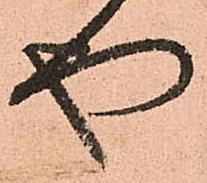
や